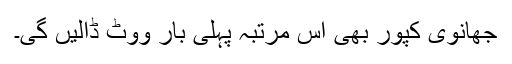
جھانوی کپور بھی اس مرتبہ پہلی بار ووٹ ڈالیں گی۔